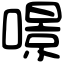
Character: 𠾶